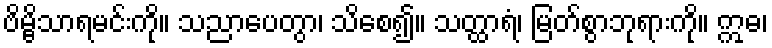
ဗိမ္ဗိသာရမင်းကို။ သညာပေတွာ၊ သိစေ၍။ သတ္ထာရံ၊ မြတ်စွာဘုရားကို။ ဣဓ၊